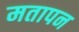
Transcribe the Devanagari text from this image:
मतापन